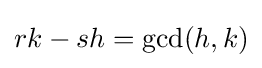
rk-sh=\gcd(h,k)